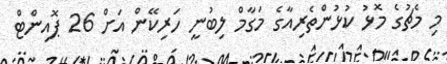
މި މެޗުގެ މޮޅު ކުޅުންތެރިއާގެ މަގާމް ލިބުނީ ހަރިކޭން އަށް 26 ޕޮއިންޓް